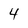
Character: 4